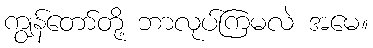
ကျွန်တော်တို့ ဘာလုပ်ကြမလဲ အမေ။